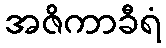
အဇိကာခီရံ